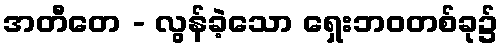
အတီတေ - လွန်ခဲ့သော ရှေးဘဝတစ်ခု၌